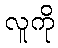
လူကို